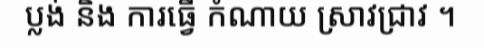
ប្លង់ និង ការធ្វើ កំណាយ ស្រាវជ្រាវ ។